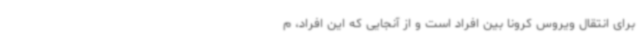
برای انتقال ویروس کرونا بین افراد است و از آنجایی که این افراد، م